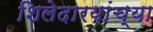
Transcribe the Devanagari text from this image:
शिलेदारयांच्या